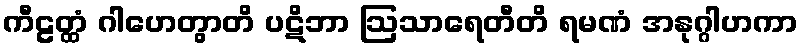
ကီဠတ္ထံ ဂါဟေတွာတိ ပဋိဘာ ဩသာရေတီတိ ရမဏံ အနုဂ္ဂါဟကာ